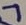
Text: 7